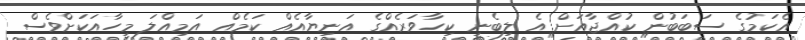
އެކަމުގެ ސަބަބުން ކުއްޖާއަށް އެ ލިބެނީ ކިހާވަރެއްގެ އަނިޔާއެއް ކަމެއް އަމިއްލަ މީހާއަކަށްވެސް